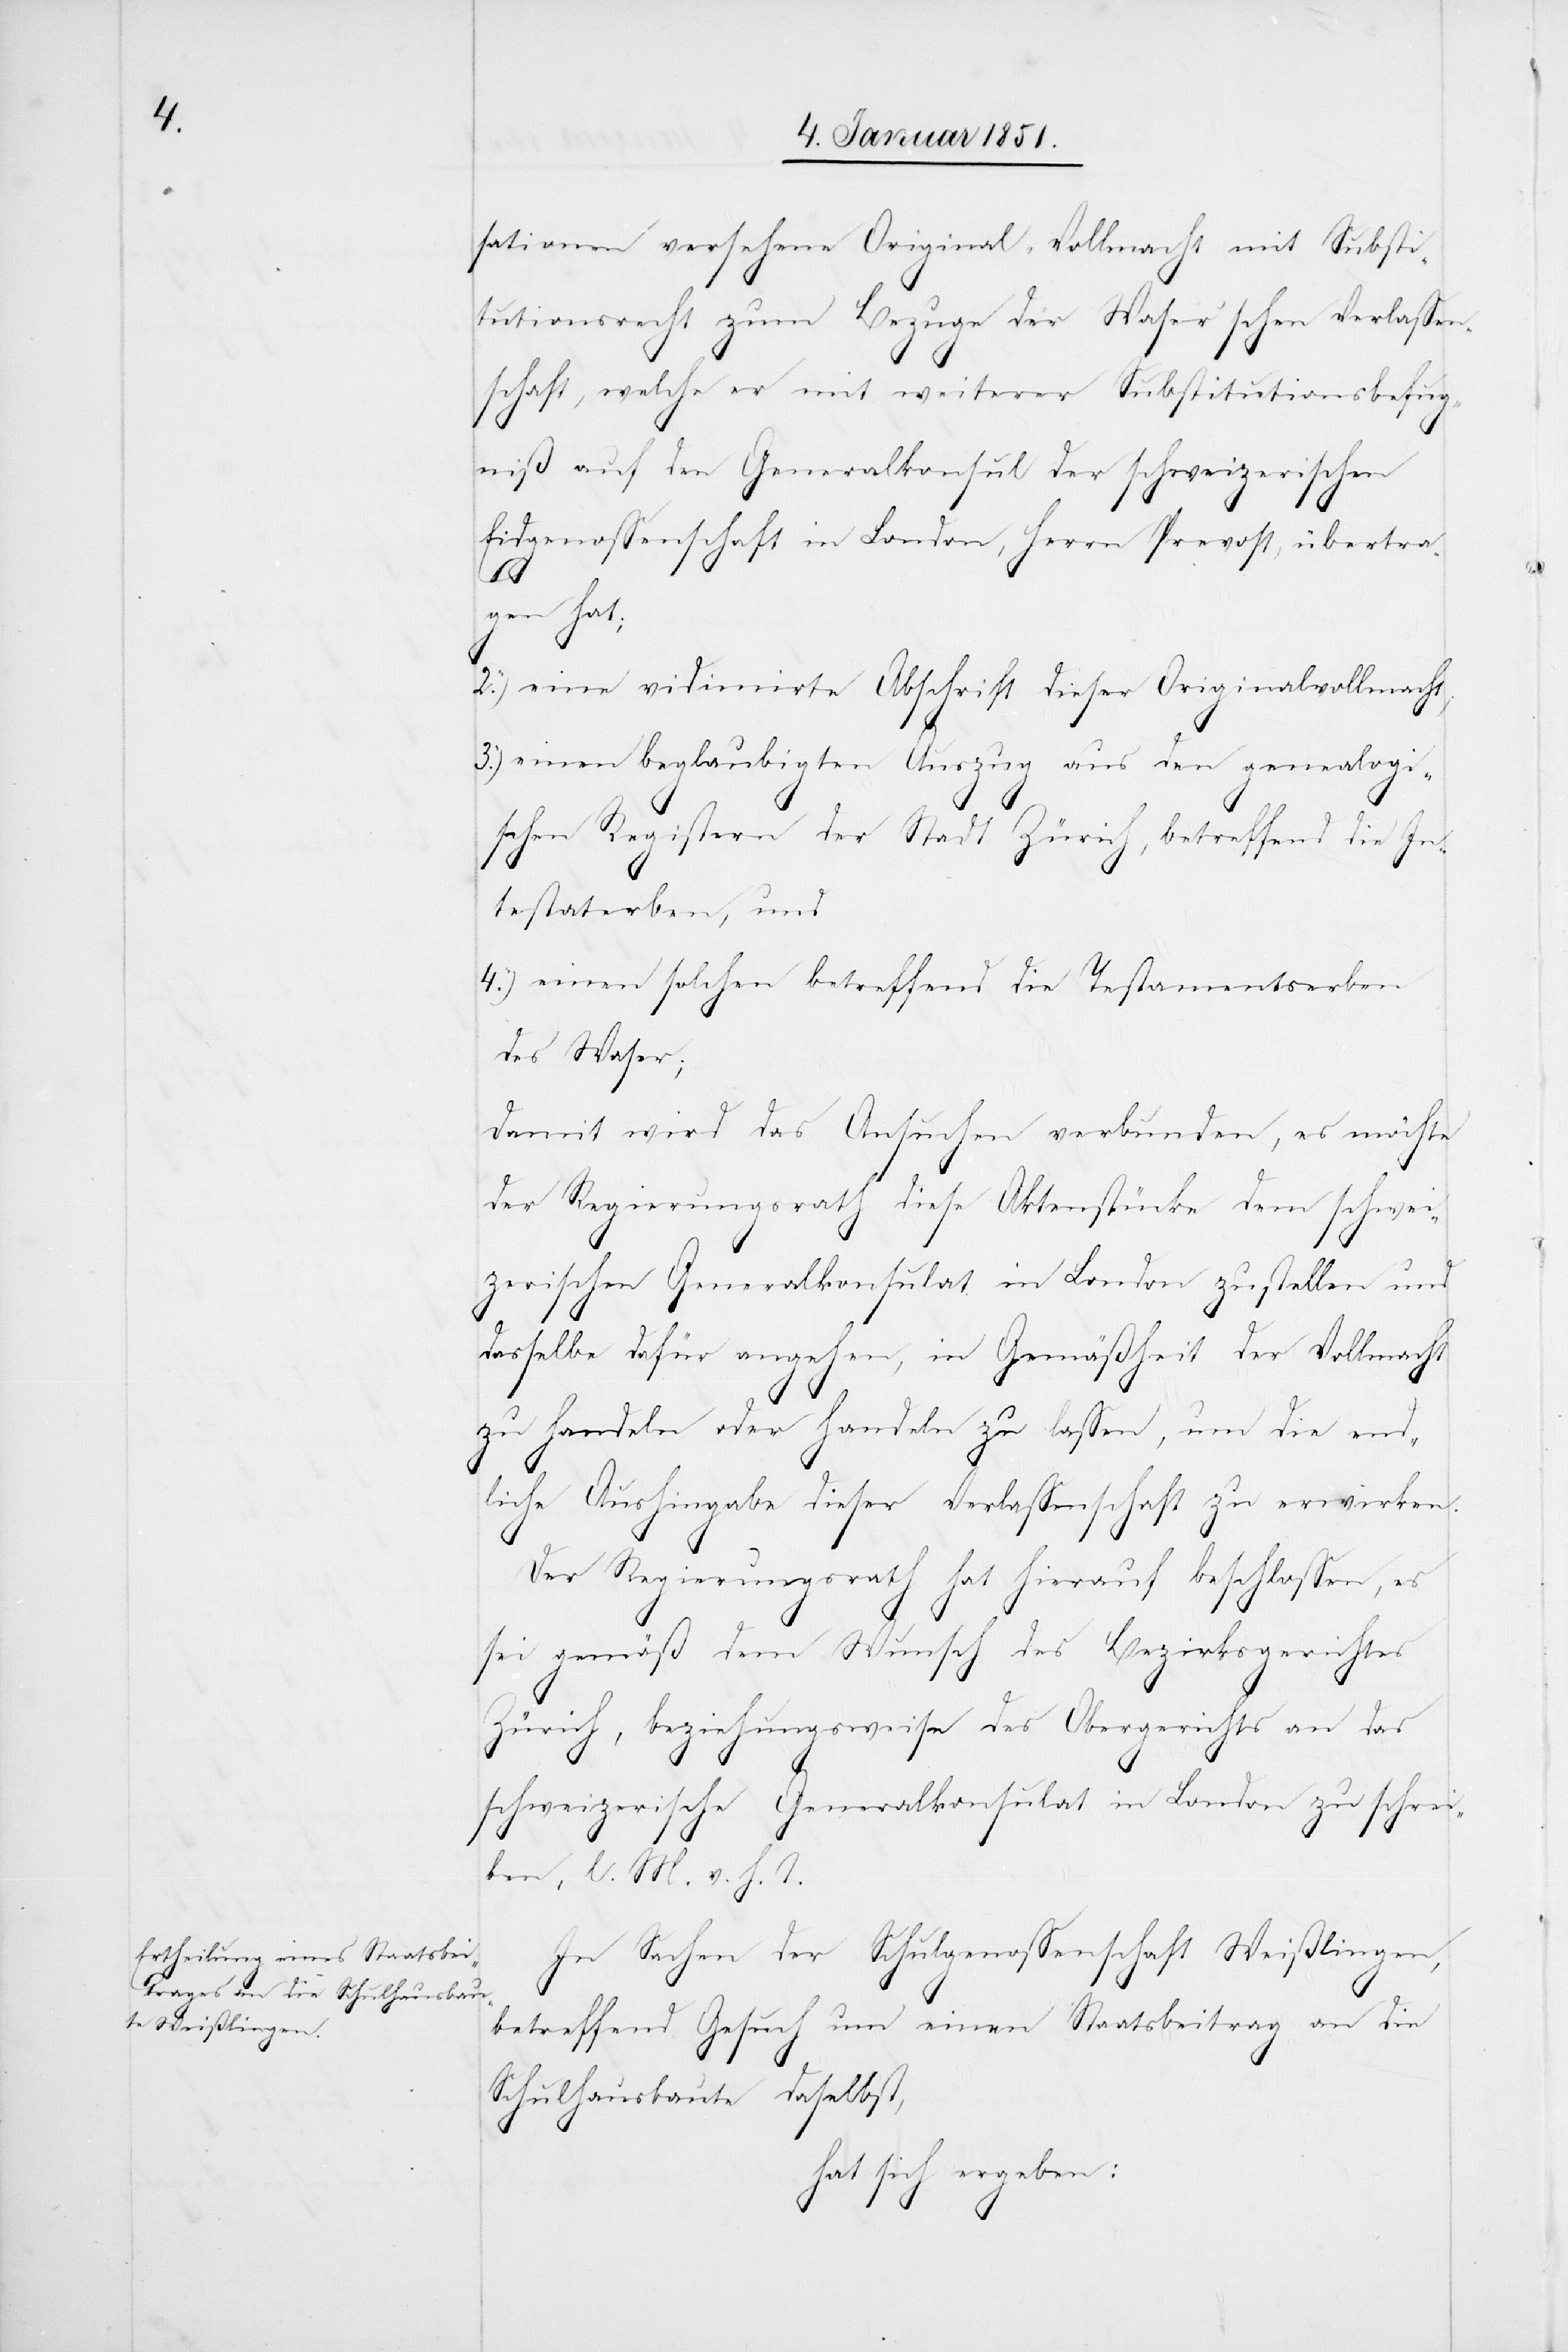
sationen versehene Original-Vollmacht mit Substi¬
tutionsrecht zum Bezuge der Waser‘schen Verlassen¬
schaft, welche er mit weiterer Substitutionsbefug¬
niß auf den Generalkonsul der schweizerischen
Eidgenossenschaft in London, Herrn Prevost, übertra¬
gen hat;
2.)
eine vidimirte Abschrift dieser Originalvollmacht;
einen beglaubigten Auszug aus den genealogi¬
schen Registern der Stadt Zürich, betreffend die In¬
testaterben, und
einen solchen betreffend die Testamentserben
des Waser;
Damit wird das Ansuchen verbunden, es möchte
der Regierungsrath diese Aktenstücke dem schwei¬
zerischen Generalkonsulat in London zustellen und
dasselbe dafür angehen, in Gemäßheit der Vollmacht
4.)
zu handeln oder handeln zu lassen, und die end¬
liche Aushingabe dieser Verlassenschaft zu erwirken.
Der Regierungsrath hat hierauf beschlossen, es
sei gemäß dem Wunsch des Bezirksgerichtes
Zürich, beziehungsweise des Obergerichts an das
schweizerische Generalkonsulat in London zu schrei¬
ben, l. M. v. h. T.
In Sachen der Schulgenossenschaft Weißlingen,
betreffend Gesuch um einen Staatsbeitrag an die
Schulhausbaute daselbst,
hat sich ergeben: